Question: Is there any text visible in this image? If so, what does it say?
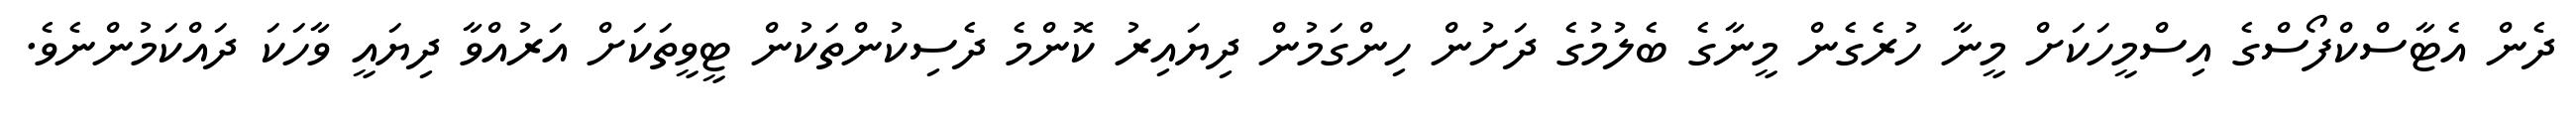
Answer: ދެން އެޓާސްކްފޯސްގެ އިސްމީހަކަށް މީނާ ހުރެގެން މީނާގެ ބެލުމުގެ ދަށުން ހިންގަމުން ދިޔައިރު ކޮންމެ ދެސިކުންތަކުން ޓީވީތަކަށް އަރުއްވާ ދިޔައީ ވާހަކަ ދައްކަމުންނެވެ.